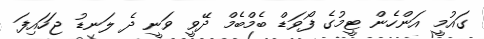
ގައުމީ އަންހެން ޓީމުގެ ފޯވަޑް ބެމްބެމް ދޭވީ ވަނީ ދެ ލަނޑު ޖަހައިފަ